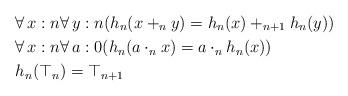
LaTeX: \begin{align*} &\forall\,x:n\forall\,y:n(h_n(x+_ny)=h_n(x)+_{n+1}h_n(y)) \\ &\forall\,x:n\forall\,a:0(h_n(a\cdot_n x)=a\cdot_n h_n(x)) \\ &h_n(\top_n)=\top_{n+1} \end{align*}